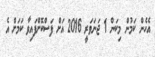
އެހެން ކަމުން މިކަން 1 ޖަނަވަރީ 2016 އަށް ފަސްކޮށްފައިވާ ކަމަށް އެ